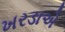
ખરડાએ